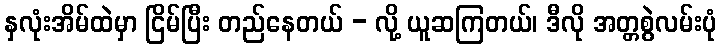
နှလုံးအိမ်ထဲမှာ ငြိမ်ပြီး တည်နေတယ် - လို့ ယူဆကြတယ်၊ ဒီလို အတ္တစွဲလမ်းပုံ